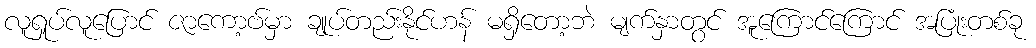
လူရှုပ်လူပြောင် ဇာကော့ဗ်မှာ ချုပ်တည်းနိုင်ဟန် မရှိတော့ဘဲ မျက်နှာတွင် အူကြောင်ကြောင် အပြုံးတစ်ခု